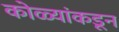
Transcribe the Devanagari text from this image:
कोळ्यांकडून